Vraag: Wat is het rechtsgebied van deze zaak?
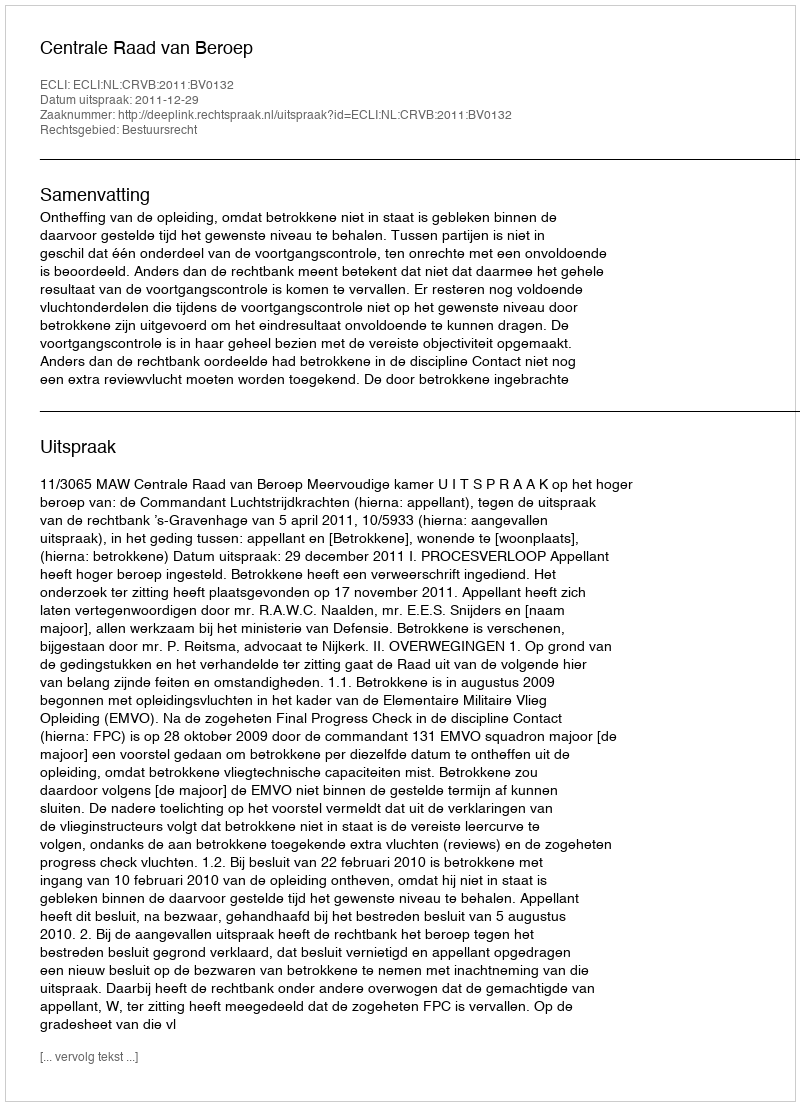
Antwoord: Bestuursrecht